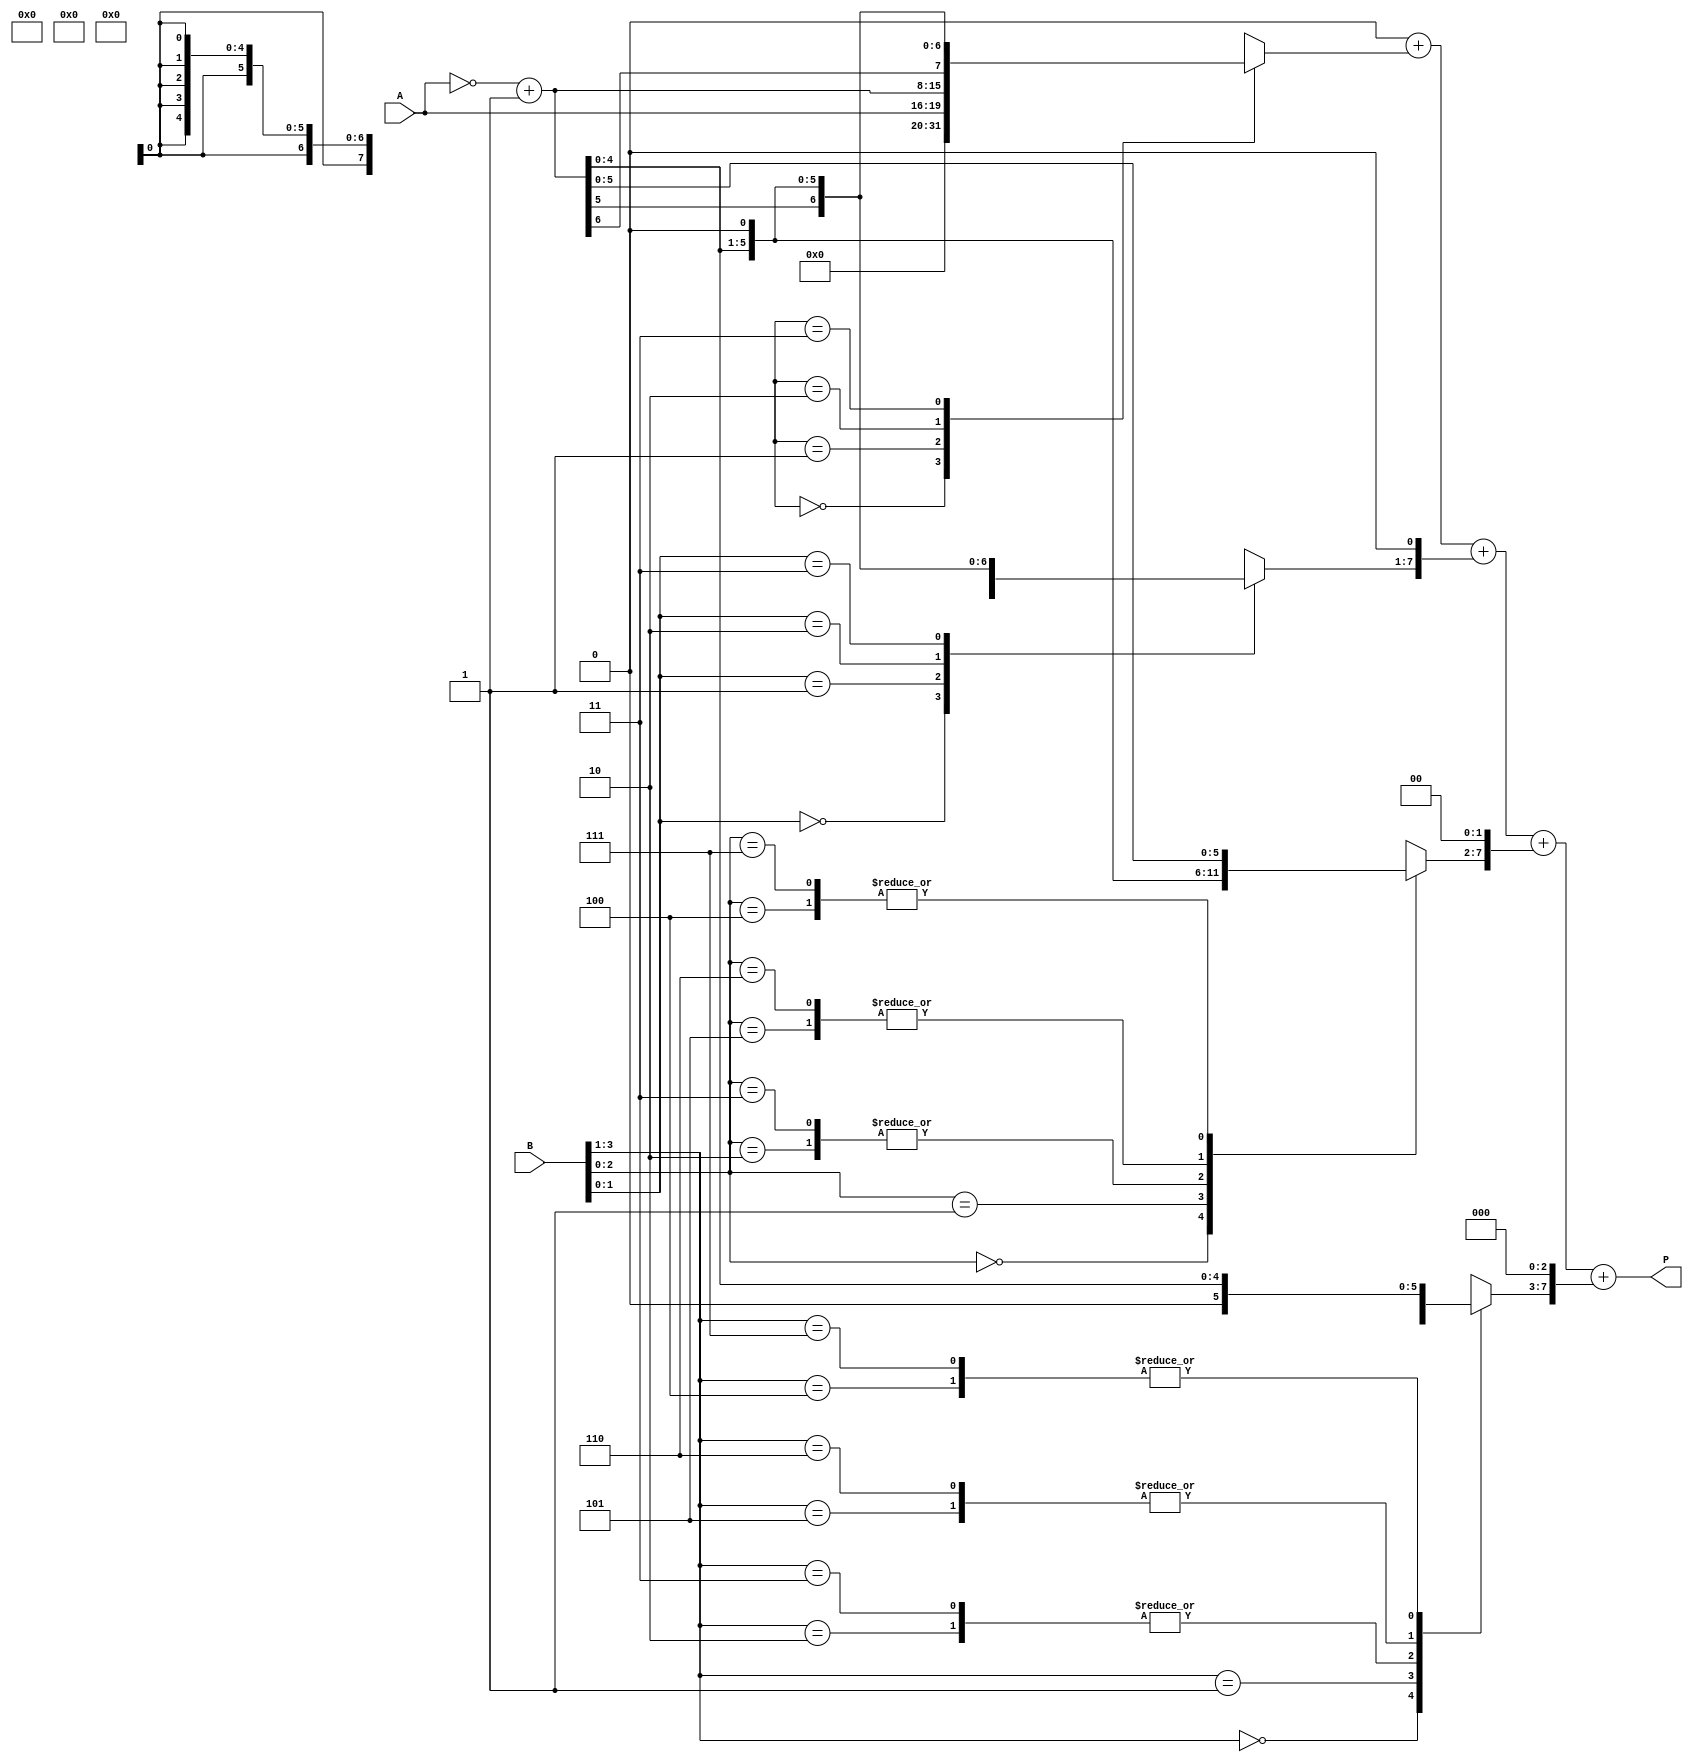
module modified_booth_multiplier #(
    parameter N = 4 // Bit-width of inputs A and B
)(
    input  wire [N-1:0] A, // Multiplicand
    input  wire [N-1:0] B, // Multiplier
    output reg [2*N-1:0] P // Product
);

    reg [N-1:0] A_shifted;
    reg [N+1:0] B_ext; // Extended B for booth encoding
    reg [2*N-1:0] partial_products [0:N]; // Array to hold partial products
    integer i;

    // Booth encoding logic
    always @(*) begin
        // Initialize product to zero
        P = 0;

        // Extend B with an extra bit for Booth's algorithm
        B_ext = {1'b0, B, 1'b0}; // Append a zero bit at LSB

        // Generate partial products based on Booth encoding
        for (i = 0; i < N; i = i + 1) begin
            case (B_ext[i+1:i-1]) // Look at three bits
                3'b000: partial_products[i] = 0; // 0
                3'b001: partial_products[i] = A; // +A
                3'b010: partial_products[i] = A << 1; // +2A
                3'b011: partial_products[i] = A << 1; // +2A
                3'b100: partial_products[i] = ~A + 1; // -A
                3'b101: partial_products[i] = (~A + 1) << 1; // -2A
                3'b110: partial_products[i] = (~A + 1) << 1; // -2A
                3'b111: partial_products[i] = ~A + 1; // -A
                default: partial_products[i] = 0;
            endcase
        end

        // Add partial products with appropriate shifts
        for (i = 0; i < N; i = i + 1) begin
            P = P + (partial_products[i] << i);
        end
    end

endmodule